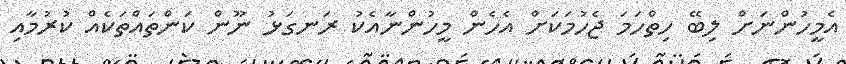
އެމީހުންނަށް ލިބޭ ހިތްހަމަ ޖެހުމަކަށް އެހެން މީހުންނާއެކު ރަނގަޅު ނޫން ކަންތައްތަކެއް ކުރުމާއި